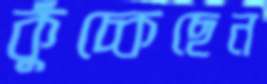
কুঁচ্‌কেছেন